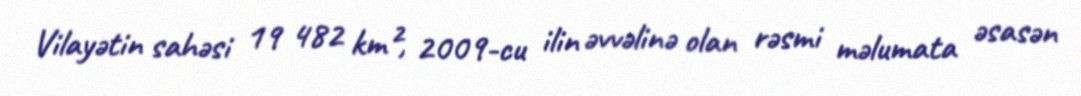
Vilayətin sahəsi 19 482 km², 2009-cu ilin əvvəlinə olan rəsmi məlumata əsasən